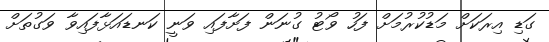
ގަޑި އިރަކަށް މަޑުކުރުމަށް ފަހު ވޯޓު ގުނަން ފަށާފައި ވަނީ ކަނޑައަޅާފައިވާ ވަގުތަށް